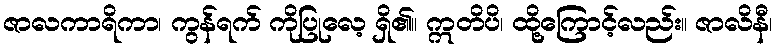
ဇာလကာရိကာ၊ ကွန်ရက် ကိုပြုလေ့ ရှိ၏။ ဣတိပိ၊ ထို့ကြောင့်လည်း။ ဇာလိနီ၊